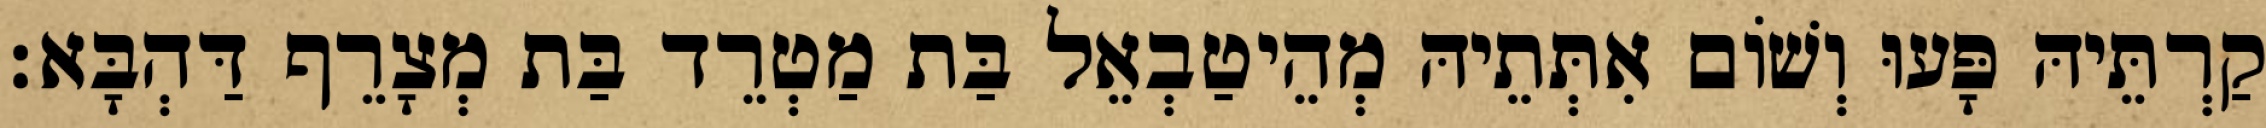
קַרְתֵּיהּ פָּעוּ וְשׁוֹם אִתְּתֵיהּ מְהֵיטַבְאֵל בַּת מַטְרֵד בַּת מְצָרֵף דַּהְבָּא׃